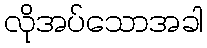
လိုအပ်သောအခါ